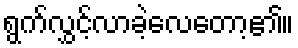
ရွက်လွှင့်လာခဲ့လေတော့၏။